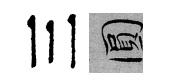
三圓